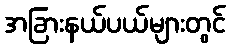
အခြားနယ်ပယ်များတွင်